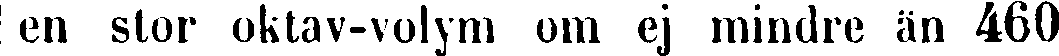
en stor oktav-volym om ej mindre än 460